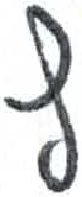
אות: ת